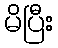
မိပြီး